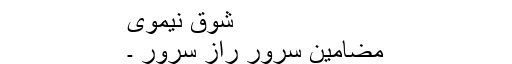
شوقؔ نیموی
مضامینِ سرور راز سرور ۔